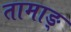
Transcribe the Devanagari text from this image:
तामाङ्‌